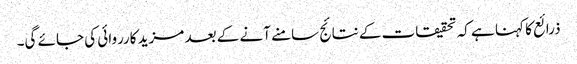
ذرائع کا کہنا ہے کہ تحقیقات کے نتائج سامنے آنے کے بعد مزید کارروائی کی جائے گی۔